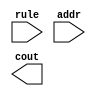
module DontCare_z(input wire rule,
		input wire addr,
		output wire cout
    );
  reg n_t;
	always @(addr or rule)
	begin
		casez (rule)
		1'bx: 
			n_t <= 1'b1;		
		1'b1: 
			begin
				if (addr == 1) 
					n_t <= 1'b1;
            else  
					n_t <= 1'b0;
			end
      1'b0: 
			begin
				if (addr == 0) 
					n_t <= 1'b1;
            else
					n_t <= 1'b0;
			end
		default: n_t <= 1'bz;
		endcase
	end
 assign cout = n_t; 

endmodule